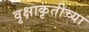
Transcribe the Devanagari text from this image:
वृक्षाकृतीच्या